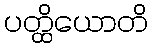
ပတ္ထိယောတိ